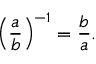
\left( { \frac { a } { b } } \right) ^ { - 1 } = { \frac { b } { a } } .